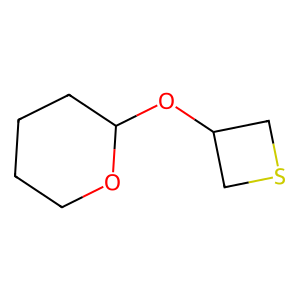
SMILES: C1CCC(OC2CSC2)OC1
Inhibits HIV replication: No